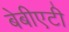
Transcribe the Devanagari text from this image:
बेबीएटी